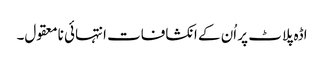
اڈہ پلاٹ پر اُن کے انکشافات انتہائی نامعقول۔